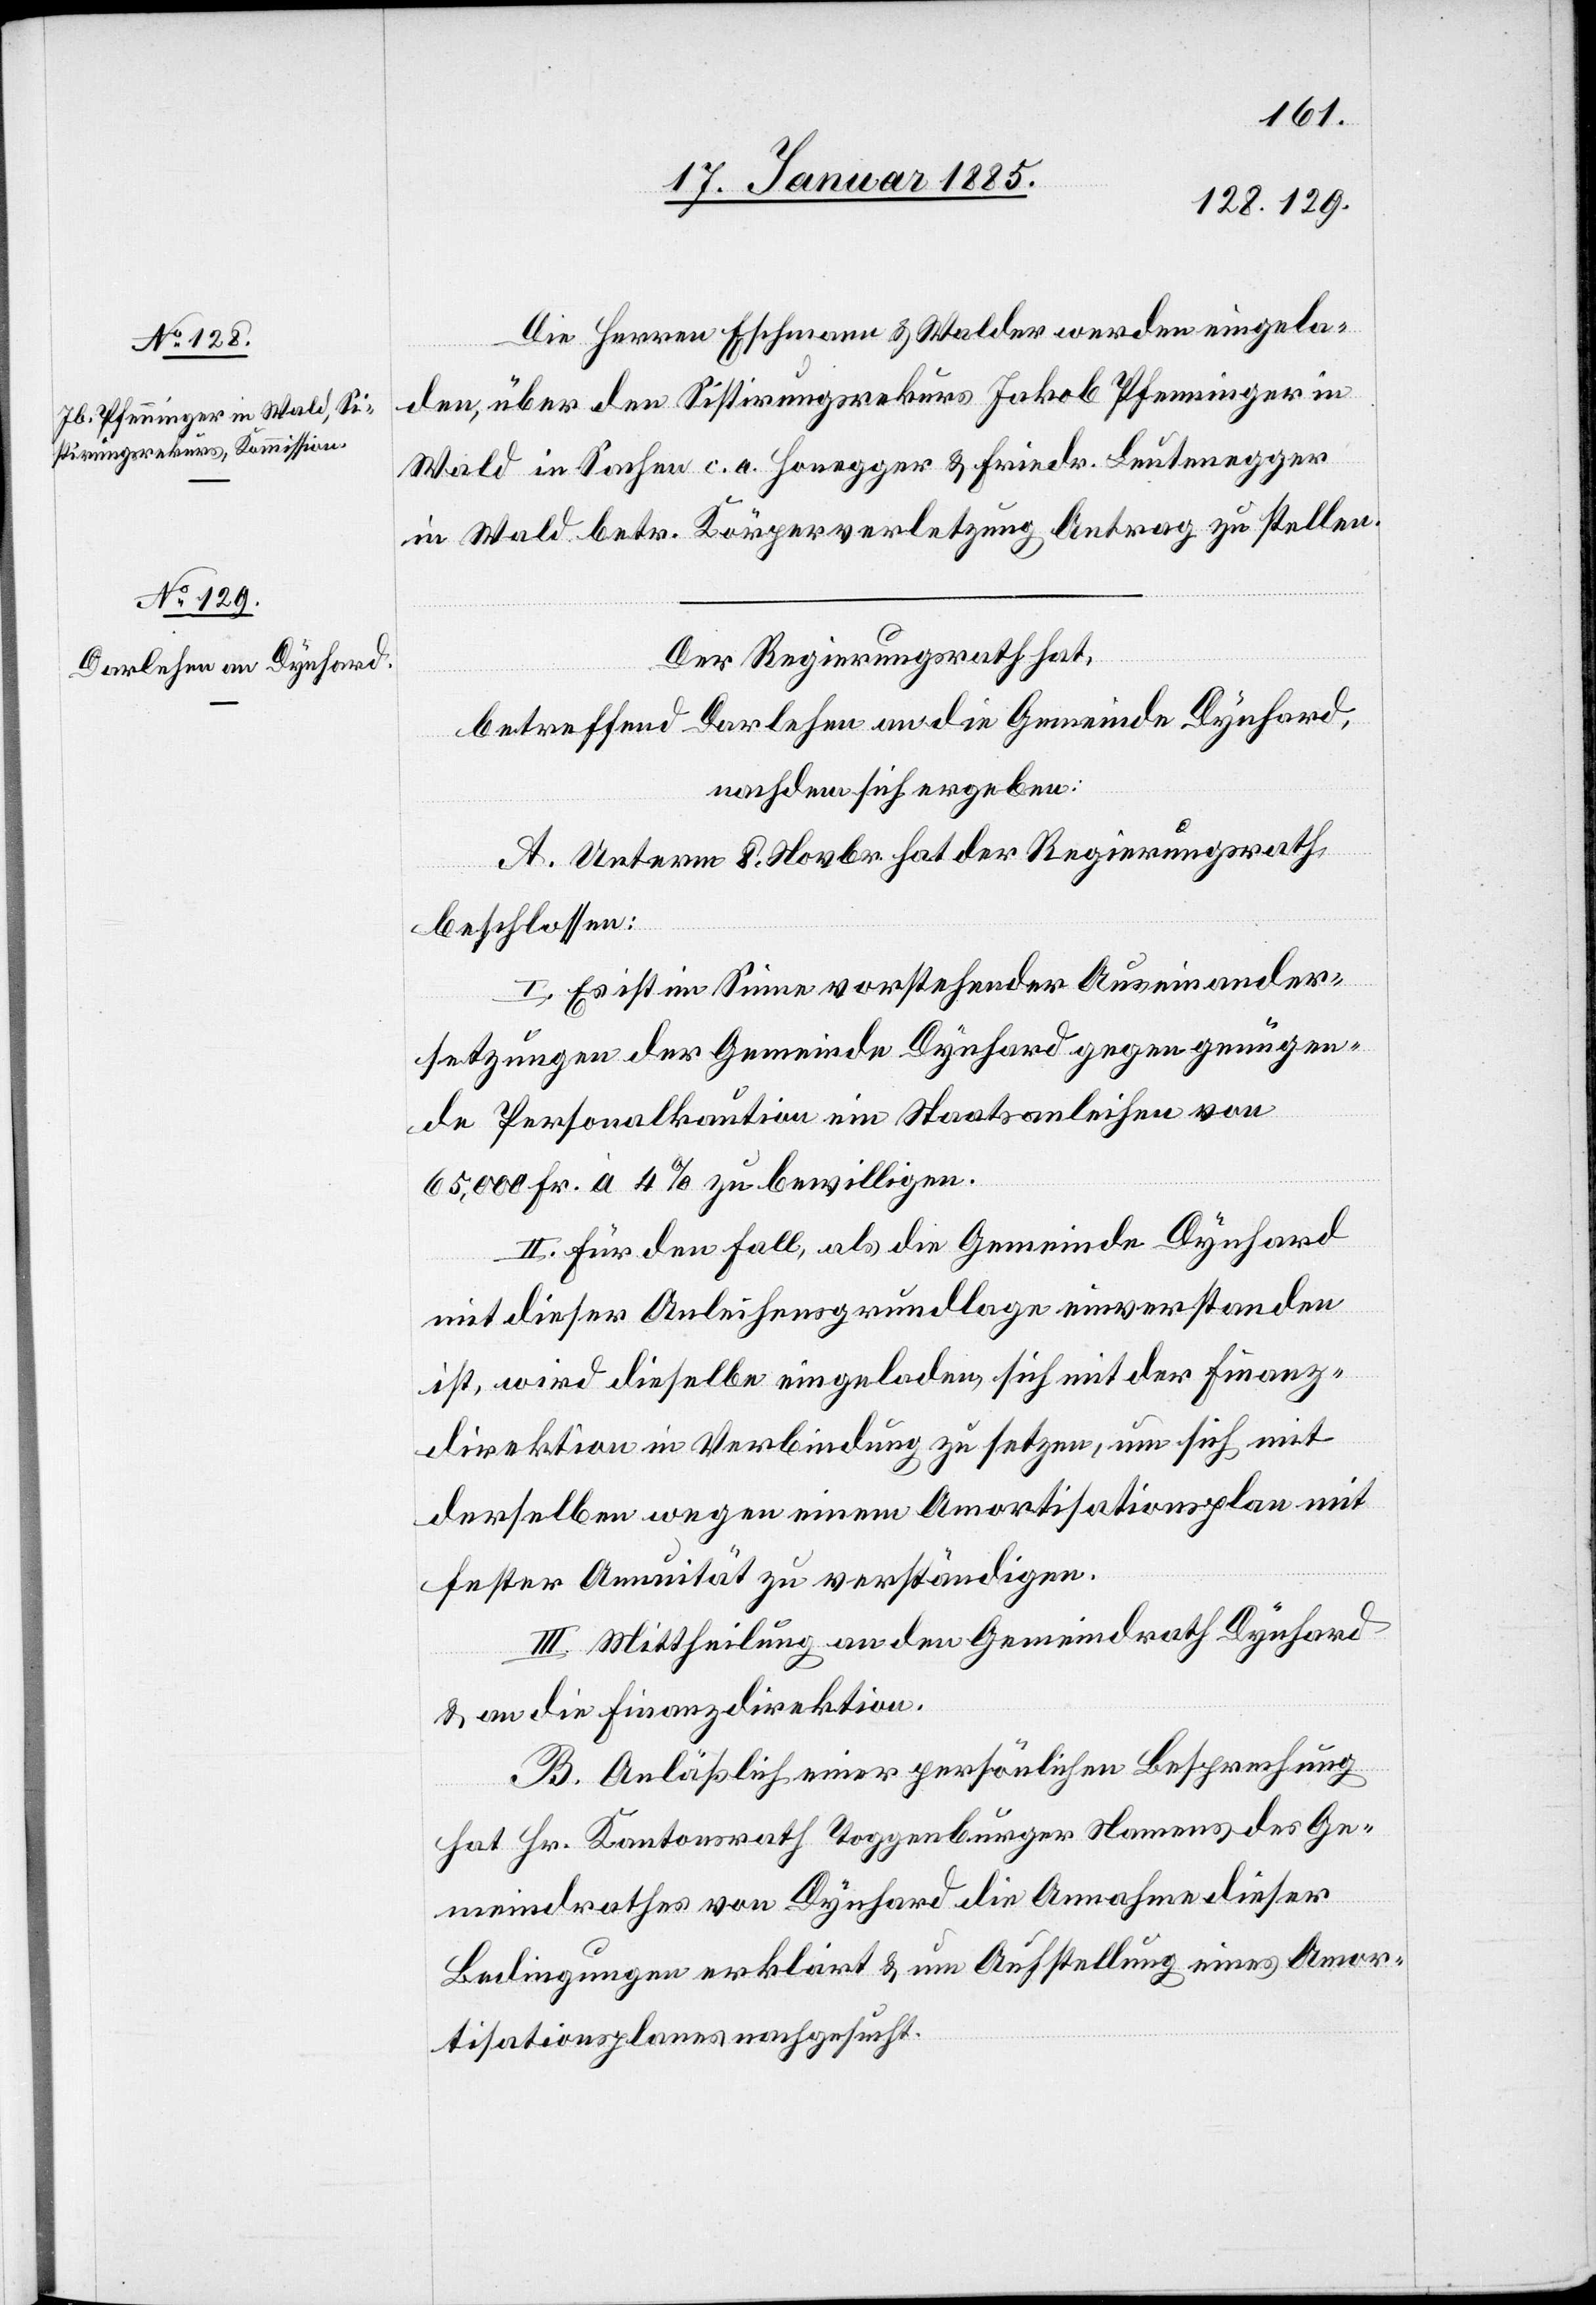
Die Herren Eschmann & Walder werden eingela¬
den, über den Sistirungsrekurs Jakob Pfenninger in
Wald in Sachen c. a. Honegger & Friedr. Leutenegger
in Wald, betr. Körperverletzung Antrag zu stellen.
Der Regierungsrath hat,
betreffend Darlehen an die Gemeinde Dynhard,
nachdem sich ergeben:
A. Unterm 8. Novbr. hat der Regierungsrath
beschlossen:
I. Es ist im Sinne vorstehender Auseinander¬
setzungen der Gemeinde Dynhard gegen genügen¬
de Personalkaution ein Staatsanleihen von
65,000 Fr. à 4% zu bewilligen.
II. Für den Fall, als die Gemeinde Dynhard
mit dieser Anleihensgrundlage einverstanden
ist, wird dieselbe eingeladen, sich mit der Finanz¬
direktion in Verbindung zu setzen, um sich mit
derselben wegen einem Amortisationsplan mit
fester Annuität zu verständigen.
III. Mittheilung an den Gemeindrath Dynhard
& an die Finanzdirektion.
B. Anläßlich einer persönlichen Besprechung
hat Hr. Kantonsrath Toggenburger Namens des Ge¬
meindrathes von Dynhard die Annahme dieser
Bedingungen erklärt & um Aufstellung eines Amor¬
tisationsplanes nachgesucht.